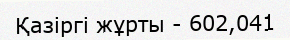
Қазіргі жұрты - 602,041